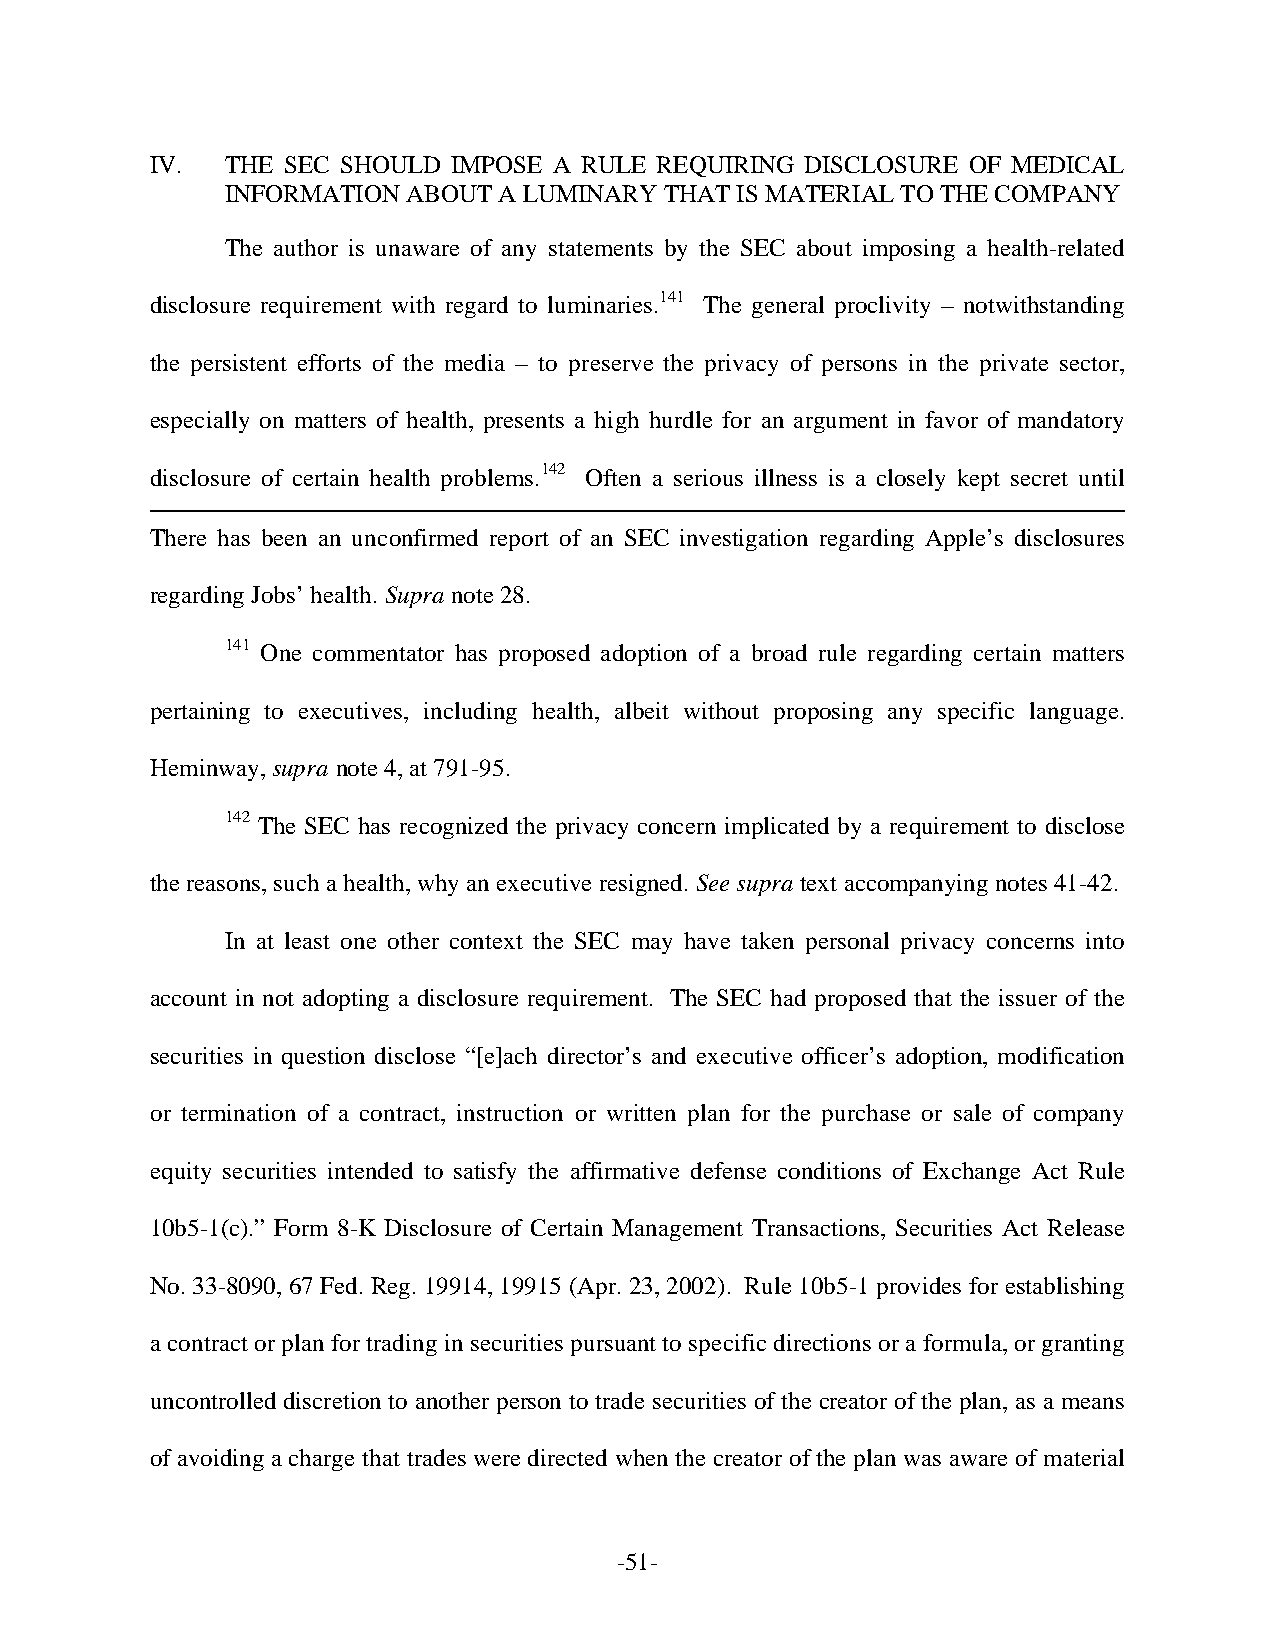
IV.  THE SEC SHOULD IMPOSE A RULE REQUIRING DISCLOSURE OF MEDICAL
 INFORMATION ABOUT A LUMINARY THAT IS MATERIAL TO THE COMPANY
 The author is unaware of any statements by the SEC about imposing a health-related
 disclosure requirement with regard to luminaries.141 The general proclivity – notwithstanding
 the persistent efforts of the media – to preserve the privacy of persons in the private sector,
 especially on matters of health, presents a high hurdle for an argument in favor of mandatory
 disclosure of certain health problems.142 Often a serious illness is a closely kept secret until
 There has been an unconfirmed report of an SEC investigation regarding Apple’s disclosures
 regarding Jobs’ health. Supra note 28.
 141 One commentator has proposed adoption of a broad rule regarding certain matters
 pertaining to executives, including health, albeit without proposing any specific language.
 Heminway, supra note 4, at 791-95.
 142 The SEC has recognized the privacy concern implicated by a requirement to disclose
 the reasons, such a health, why an executive resigned. See supra text accompanying notes 41-42.
 In at least one other context the SEC may have taken personal privacy concerns into
 account in not adopting a disclosure requirement. The SEC had proposed that the issuer of the
 securities in question disclose “[e]ach director’s and executive officer’s adoption, modification
 or termination of a contract, instruction or written plan for the purchase or sale of company
 equity securities intended to satisfy the affirmative defense conditions of Exchange Act Rule
 10b5-1(c).” Form 8-K Disclosure of Certain Management Transactions, Securities Act Release
 No. 33-8090, 67 Fed. Reg. 19914, 19915 (Apr. 23, 2002). Rule 10b5-1 provides for establishing
 a contract or plan for trading in securities pursuant to specific directions or a formula, or granting
 uncontrolled discretion to another person to trade securities of the creator of the plan, as a means
 of avoiding a charge that trades were directed when the creator of the plan was aware of material
 -51-